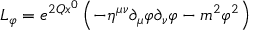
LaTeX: { \cal L } _ { \varphi } = e ^ { 2 Q x ^ { 0 } } \left( - \eta ^ { \mu \nu } \partial _ { \mu } \varphi \partial _ { \nu } \varphi - m ^ { 2 } \varphi ^ { 2 } \right)